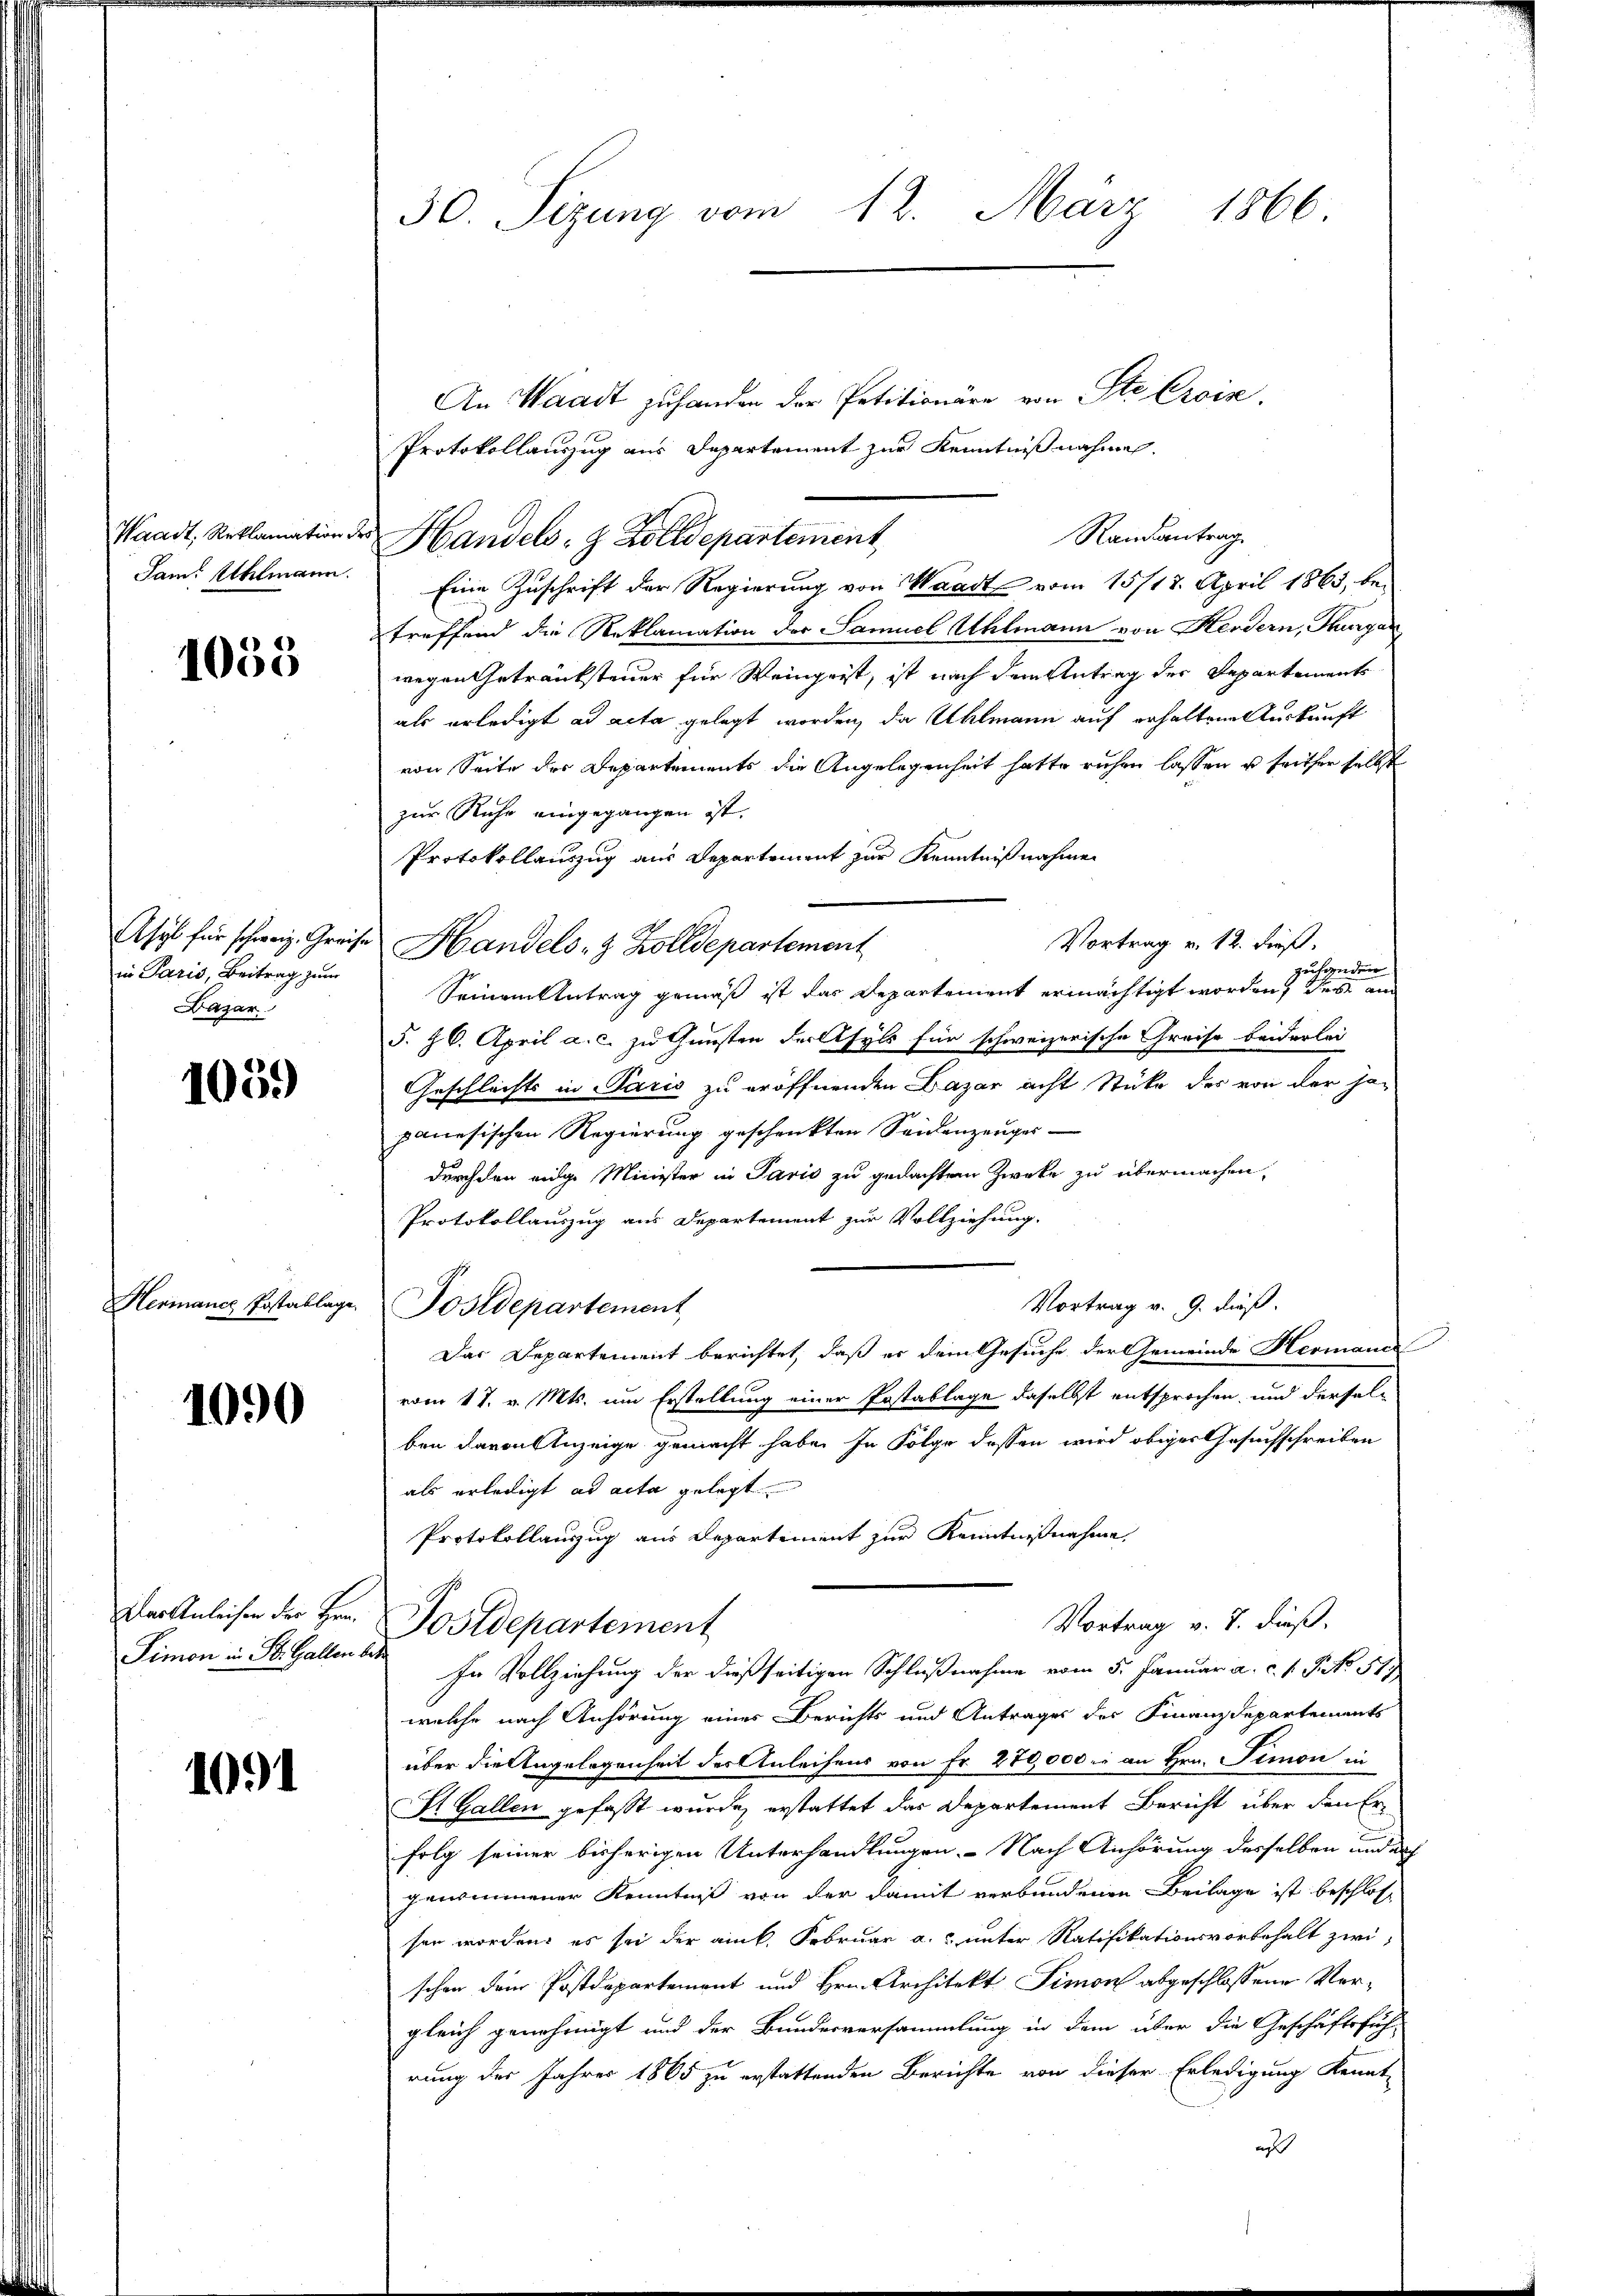
1050

in Paris, Beitrag zum
Bazar

1059

Hermanch Postablage.

1090

Pimon in St. Gallen betr

1091

30. Sizung vom 12. März 1866

An Waadt zu handen der Petitionäre von Ste Croix,
Protokollauszug aus Departement zur Kenntnißnahmen.
Randantrag
Waadt, Reklamation der Handels- & Zolldepartement
Jam. Uhlmann. Eine Zuschrift der Regierung von Waadt vom 15/18. April 1865, betreffend die Reklamation der Samuel Uhlmann von Herdern, Thurga
wegen Getränksteuer für Weingeist, ist nach dem Antrag der Departements
als erledigt ad acta gelegt worden, da Ullmann auf erhaltene Auskunft
von Seite des Departements die Angelegenheit hatte ruhen lassen u. tritter selbst
zur Ruhe eingegangen ist.
Protokollauszug aus Departement zur Kenntnißnahme
Vortrag v. 12. dieß.
Asyl für schweiz. Greise Handels- & Zolldepartement
zusage
der
Seinem Antrag gemäß ist das Departement ermächtigt worden, des am
§. 26. April a. c. zu Gunsten der Asyls für schweizerische Greise beiderlei
Geschlechts in Paris zu eröffnenden Lazar acht Stücke des von der Japanesischen Regierung geschenkten Seidenzeuger
durch den eige Minister in Paris zu gedachtem Zwecke zu übermachen
Protokollauszug aus Departement zur Vollziehung.
Vortrag v. 9. dieß.
Postdepartement
Das Departement berichtet, daß er dem Gesuche der Gemeinde Hermann
vom 17. v. Mts. um Erstellung einer Postablage daselbst entsprochen, und derselben davon Anzeige gemacht habe. In Folge dessen wird obiger Gesuchschreiben
als erledigt ad acta gelegt
Protokollauszug aus Departement zur Kenntnißnahme
zler Anleihen der Hr. Postdepartement
Vortrag v. 7. dieß.
In Vollziehung der dießseitigen Schlußnahme vom 5. Januar a. c. s. S. 51.
welche nach Anhörung eines Berichts und Antrages der Finanzdepartements
über die Angelegenheit der Anleihens von Fr. 270,000. an Hrn. Simon in
St. Gallen gefasst wurde, erstattet das Departement Bericht über den Erfolg seiner bisherigen Unterhandlungen. Nach Anhörung desselben und auch
genommener Kenntniß von der damit verbundenen Beilage ist beschlosse
sen worden, es sei der am k. Februar a. unter Ratifikationsvorbehalt zwischen dem Postdepartement und Hrn. Architekt Simon abgeschlossene Vor-
gleich genehmigt und der Bundesversammlung in dem über die Geschäftsfüh-
rung der Jahres 1865 zu erstattenden Berichte von dieser Erledigung kennt
af